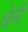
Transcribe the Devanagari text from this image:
चेनै